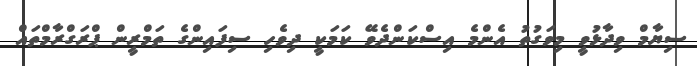
ސިޔާމް ވިދާޅުވީ މިވަގުތު އެންމެ އިސްކަންދެވޭ ކަމަކީ ދިވެހި ސިފައިންގެ ތަމްރީން ޕްރަގްރާމްތައް